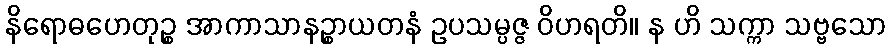
နိရောဓဟေတုဉ္စ အာကာသာနဉ္စာယတနံ ဥပသမ္ပဇ္ဇ ဝိဟရတိ။ န ဟိ သက္ကာ သဗ္ဗသော